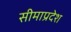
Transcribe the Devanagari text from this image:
सीमाप्रदेश